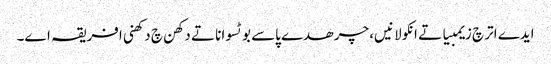
ایدے اتر چ زیمبیا تے انکولا نیں، چرھدے پاسے بوٹسوانا تے دکھن چ دکھنی افریقہ اے۔